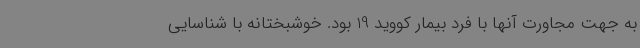
به جهت مجاورت آنها با فرد بیمار کووید 19 بود. خوشبختانه با شناسایی